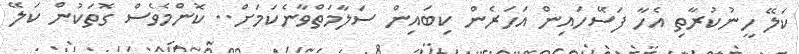
ކަލޭ ހީނުކުރާތި އެހާ ފަސޭހައިން އަހަރެން ކިބައިން ސަލާމަތްވާނެކަމަށް.. ކޮންމެވެސް ގޮތަކުން ކަލޭ